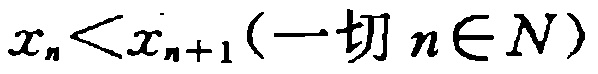
\(x_{n}<x_{n + 1}(\text{一切 }n\in N)\)